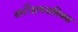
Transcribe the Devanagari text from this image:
थर्मोडायनामिक्‍स